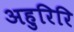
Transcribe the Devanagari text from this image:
अहुरिरि